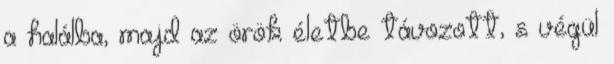
a halálba, majd az örök életbe távozott, s végül